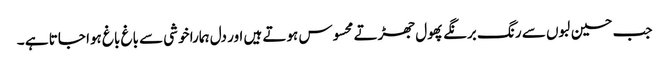
جب حسین لبوں سے رنگ برنگے پھول جھڑتے محسوس ہوتے ہیں اور دل ہمارا خوشی سے باغ باغ ہوا جاتا ہے ۔